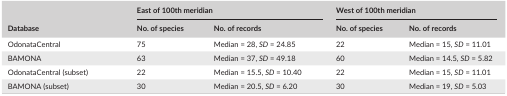
| <ROWSPAN=2> Database | <COLSPAN=2> East of 100th meridian | <COLSPAN=2> West of 100th meridian |
 | No. of species | No. of records | No. of species | No. of records |
 | --- | --- | --- | --- | --- |
 | OdonataCentral | 75 | Median = 28, SD = 24.85 | 22 | Median = 15, SD = 11.01 |
 | BAMONA | 63 | Median = 37, SD = 49.18 | 60 | Median = 14.5, SD = 5.82 |
 | OdonataCentral (subset) | 22 | Median = 15.5, SD = 10.40 | 22 | Median = 15, SD = 11.01 |
 | BAMONA (subset) | 30 | Median = 20.5, SD = 6.20 | 30 | Median = 19, SD = 5.03 |